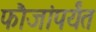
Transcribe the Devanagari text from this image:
फौजांपर्यंत